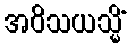
အဝိသယသ္မိံ